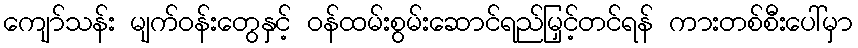
ကျော်သန်း မျက်ဝန်းတွေနှင့် ဝန်ထမ်းစွမ်းဆောင်ရည်မြှင့်တင်ရန် ကားတစ်စီးပေါ်မှာ